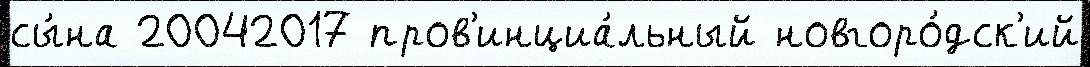
сы́на 20042017 пров'инциа́льный новгоро́дск'ий